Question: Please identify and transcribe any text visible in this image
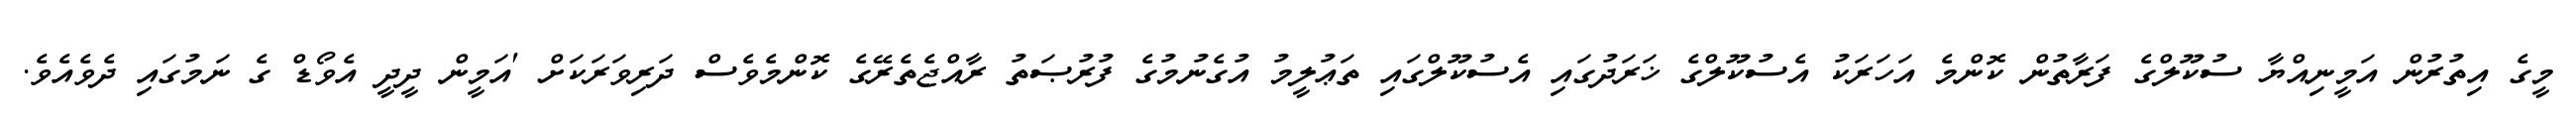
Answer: މީގެ އިތުރުން އަމީނިއްޔާ ސުކޫލްގެ ފަރާތުން ކޮންމެ އަހަރަކު އެސުކޫލްގެ ޚަރަދުގައި އެސުކޫލްގައި ތަޢުލީމު އުގެނުމުގެ ފުރުޞަތު ރާއްޖެތެރޭގެ ކޮންމެވެސް ދަރިވަރަކަށް 'އަމީން ދީދީ އެވޯޑް ގެ ނަމުގައި ދެވެއެވެ.